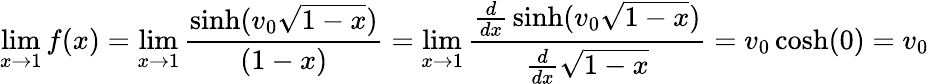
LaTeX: \operatorname*{lim}_{x\to 1}f(x)=\operatorname*{lim}_{x\to 1}{\frac{\sinh(v_{0}{\sqrt{1-x}})}{(1-x)}}=\operatorname*{lim}_{x\to 1}{\frac{{\frac{d}{dx}}\sinh(v_{0}{\sqrt{1-x}})}{{\frac{d}{dx}}{\sqrt{1-x}}}}=v_{0}\cosh(0)=v_{0}